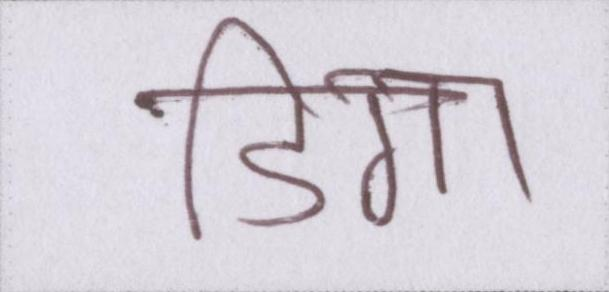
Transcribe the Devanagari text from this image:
डिगा